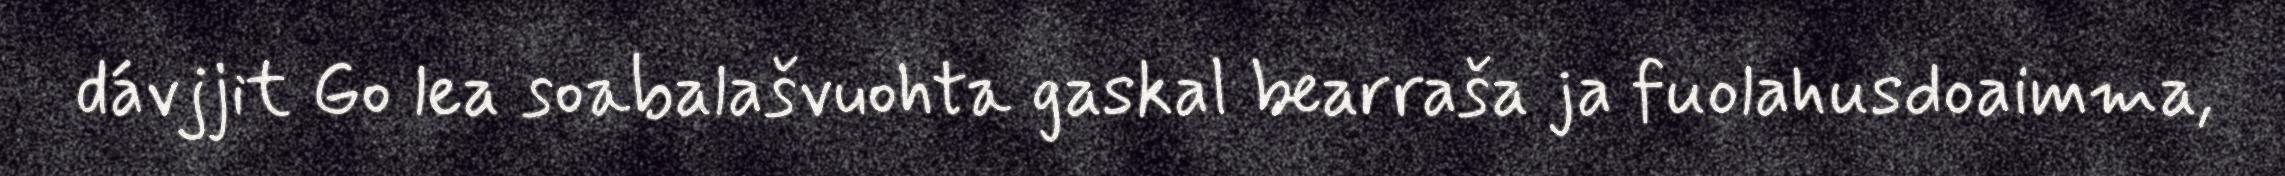
dávjjit Go lea soabalašvuohta gaskal bearraša ja fuolahusdoaimma,